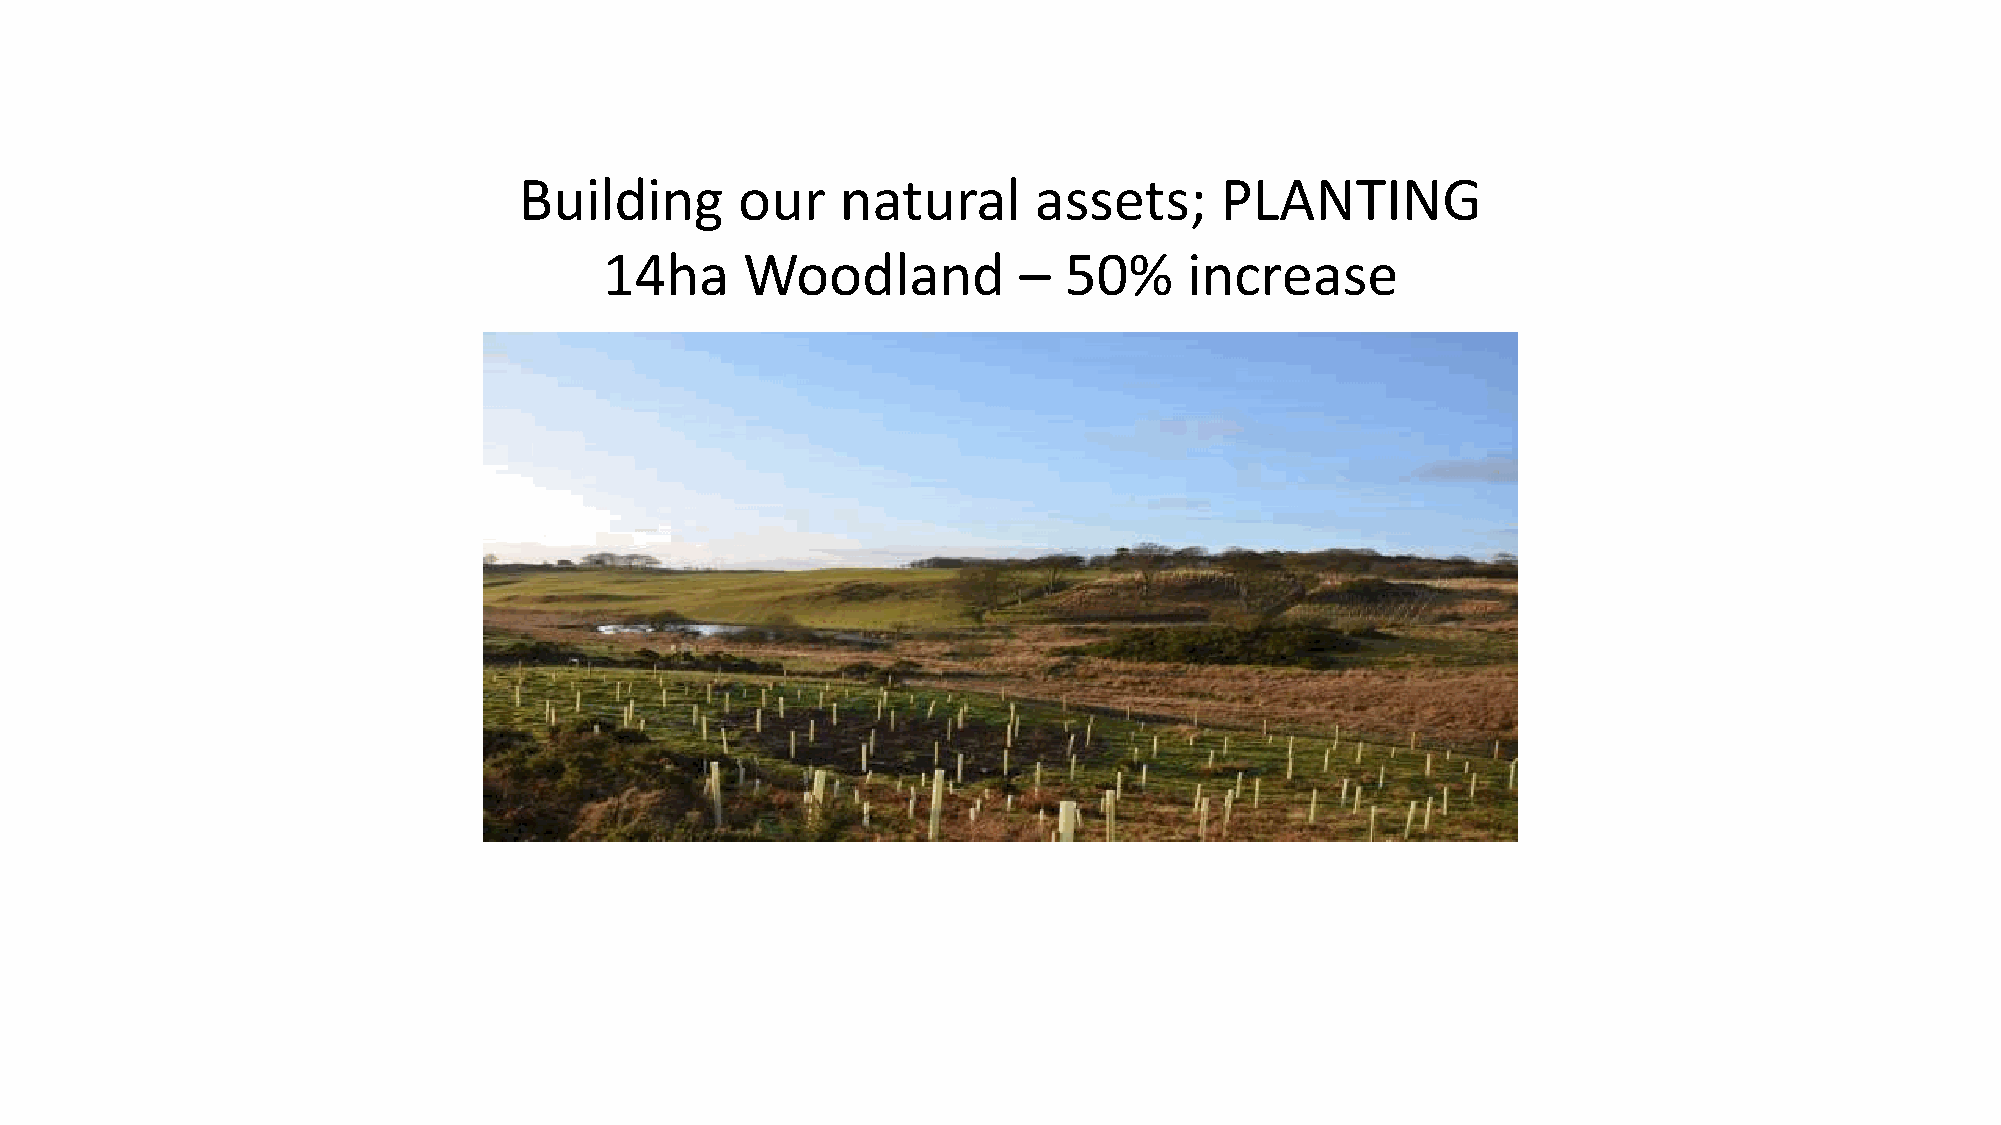
Building       our    natural     assets;      PLANTING
 14ha     Woodland          –  50%      increase